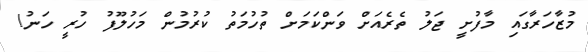
މުޒާހަރާގައި މާފުށީ ޖަލު ތެރެއަށް ވަންކަމަށް ތުހުމަތު ކުރުމުން މަހުލޫފު ހުރީ ހަނު!